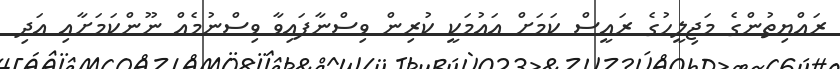
ރައްޔިތުންގެ މަޖިލީހުގެ ރައީސް ކަމަށް އައުމަކީ ކުރިން ވިސްނާފައިވާ ވިސްނުމެއް ނޫންކަމަށާއި އަދި